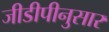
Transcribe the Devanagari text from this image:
जीडीपीनुसार